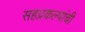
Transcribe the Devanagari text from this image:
सहप्रकल्पांची